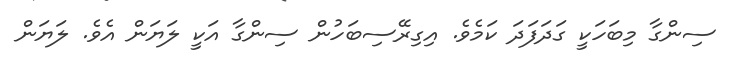
ސިންގާ މިބަހަކީ ގަދަފަދަ ކަމެވެ. އިގިރޭސިބަހުން ސިންގާ އަކީ ލަޔަން އެވެ. ލަޔަން